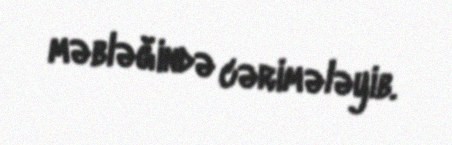
məbləğində cərimələyib.